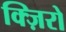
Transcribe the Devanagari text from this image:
क्ज़िरो